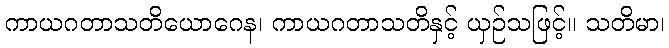
ကာယဂတာသတိယောဂေန၊ ကာယဂတာသတိနှင့် ယှဉ်သဖြင့်။ သတိမာ၊